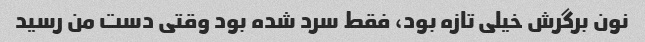
نون برگرش خیلی تازه بود، فقط سرد شده بود وقتی دست من رسید